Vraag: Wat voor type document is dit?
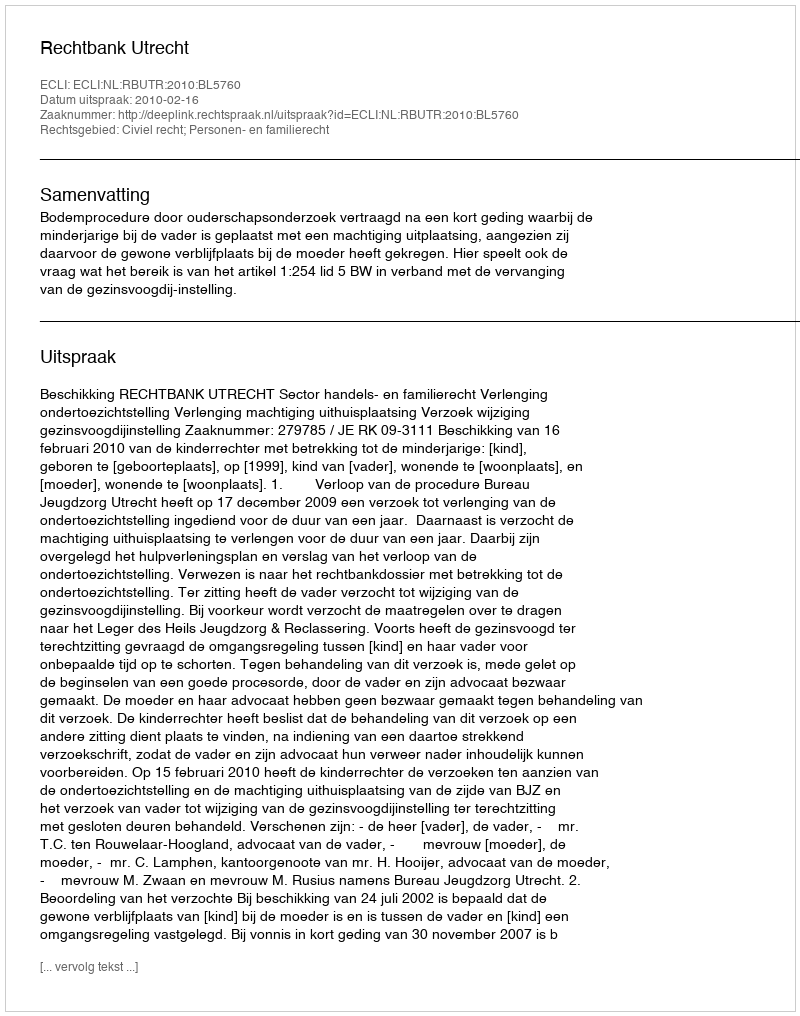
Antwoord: Uitspraak